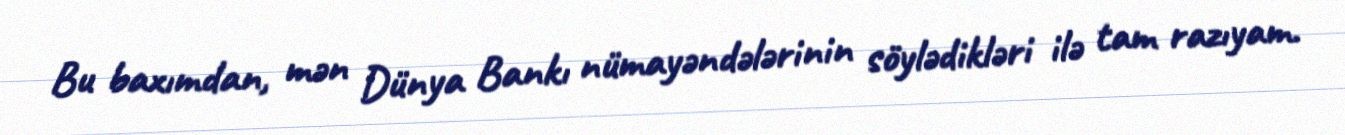
Bu baxımdan, mən Dünya Bankı nümayəndələrinin söylədikləri ilə tam razıyam.